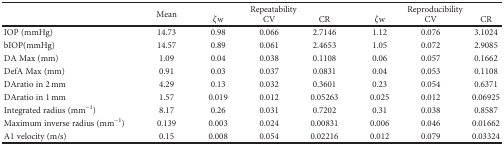
<table><thead><tr><td rowspan="2"></td><td rowspan="2"><b>Mean</b></td><td colspan="3"><b>Repeatability</b></td><td colspan="3"><b>Reproducibility</b></td></tr><tr><td><b><i>ζ</i>w</b></td><td><b>CV</b></td><td><b>CR</b></td><td><b><i>ζ</i>w</b></td><td><b>CV</b></td><td><b>CR</b></td></tr></thead><tbody><tr><td>IOP (mmHg)</td><td>14.73</td><td>0.98</td><td>0.066</td><td>2.7146</td><td>1.12</td><td>0.076</td><td>3.1024</td></tr><tr><td>bIOP(mmHg)</td><td>14.57</td><td>0.89</td><td>0.061</td><td>2.4653</td><td>1.05</td><td>0.072</td><td>2.9085</td></tr><tr><td>DA Max (mm)</td><td>1.09</td><td>0.04</td><td>0.038</td><td>0.1108</td><td>0.06</td><td>0.057</td><td>0.1662</td></tr><tr><td>DefA Max (mm)</td><td>0.91</td><td>0.03</td><td>0.037</td><td>0.0831</td><td>0.04</td><td>0.053</td><td>0.1108</td></tr><tr><td>DAratio in 2 mm</td><td>4.29</td><td>0.13</td><td>0.032</td><td>0.3601</td><td>0.23</td><td>0.054</td><td>0.6371</td></tr><tr><td>DAratio in 1 mm</td><td>1.57</td><td>0.019</td><td>0.012</td><td>0.05263</td><td>0.025</td><td>0.012</td><td>0.06925</td></tr><tr><td>Integrated radius (mm<sup>−1</sup>)</td><td>8.17</td><td>0.26</td><td>0.031</td><td>0.7202</td><td>0.31</td><td>0.038</td><td>0.8587</td></tr><tr><td>Maximum inverse radius (mm<sup>−1</sup>)</td><td>0.139</td><td>0.003</td><td>0.024</td><td>0.00831</td><td>0.006</td><td>0.046</td><td>0.01662</td></tr><tr><td>A1 velocity (m/s)</td><td>0.15</td><td>0.008</td><td>0.054</td><td>0.02216</td><td>0.012</td><td>0.079</td><td>0.03324</td></tr></tbody></table>